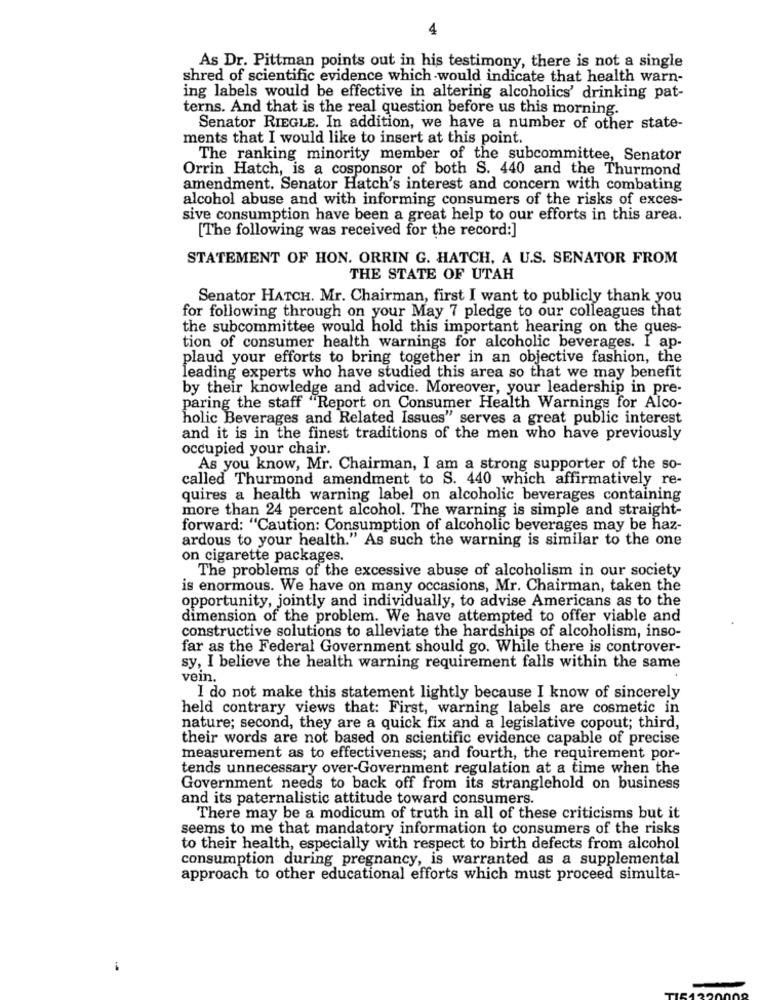
4
As Dr. Pittman points out in his testimony, there is not a single
shred of scientific evidence which would indicate that health warn-
ing labels would be effective in altering alcoholics' drinking pat-
terns. And that is the real question before us this morning.
Senator RIEGLE. In addition, we have a number of other state-
ments that I would like to insert at this point.
The ranking minority member of the subcommittee, Senator
Orrin Hatch, is a cosponsor of both S. 440 and the Thurmond
amendment. Senator Hatch's interest and concern with combating
alcohol abuse and with informing consumers of the risks of exces-
sive consumption have been a great help to our efforts in this area.
[The following was received for the record:]
STATEMENT OF HON. ORRIN G. HATCH, A U.S. SENATOR FROM
THE STATE OF UTAH
Senator HATCH. Mr. Chairman, first I want to publicly thank you
for following through on your May 7 pledge to our colleagues that
the subcommittee would hold this important hearing on the ques-
tion of consumer health warnings for alcoholic beverages. I ap-
plaud your efforts to bring together in an objective fashion, the
leading experts who have studied this area so that we may benefit
by their knowledge and advice. Moreover, your leadership in pre-
paring the staff "Report on Consumer Health Warnings for Alco-
holic Beverages and Related Issues" serves a great public interest
and it is in the finest traditions of the men who have previously
occupied your chair.
As you know, Mr. Chairman, I am a strong supporter of the so-
called Thurmond amendment to S. 440 which affirmatively re-
quires a health warning label on alcoholic beverages containing
more than 24 percent alcohol. The warning is simple and straight-
forward: "Caution: Consumption of alcoholic beverages may be haz-
ardous to your health." As such the warning is similar to the one
on cigarette packages.
The problems of the excessive abuse of alcoholism in our society
is enormous. We have on many occasions, Mr. Chairman, taken the
opportunity, jointly and individually, to advise Americans as to the
dimension of the problem. We have attempted to offer viable and
constructive solutions to alleviate the hardships of alcoholism, inso-
far as the Federal Government should go. While there is controver-
sy, I believe the health warning requirement falls within the same
vein.
I do not make this statement lightly because I know of sincerely
held contrary views that: First, warning labels are cosmetic in
nature; second, they are a quick fix and a legislative copout; third,
their words are not based on scientific evidence capable of precise
measurement as to effectiveness; and fourth, the requirement por-
tends unnecessary over-Government regulation at a time when the
Government needs to back off from its stranglehold on business
and its paternalistic attitude toward consumers.
There may be a modicum of truth in all of these criticisms but it
seems to me that mandatory information to consumers of the risks
to their health, especially with respect to birth defects from alcohol
consumption during pregnancy, is warranted as a supplemental
approach to other educational efforts which must proceed simulta-